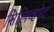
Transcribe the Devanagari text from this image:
मिलिव्होट